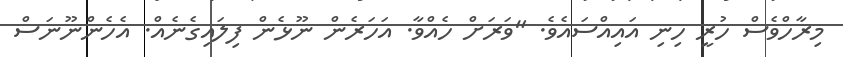
މިރާހްވެސް ހުރީ ހިނި އައިއްސައެވެ. "ވަރަށް ހެއްވާ. އަހަރެން ނޫޅެން ފިލައިގެނެއް. އެހެންނޫނަސް